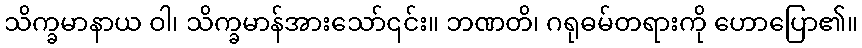
သိက္ခမာနာယ ဝါ၊ သိက္ခမာန်အားသော်၎င်း။ ဘဏတိ၊ ဂရုဓမ်တရားကို ဟောပြော၏။